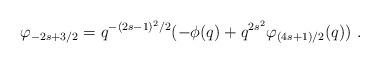
LaTeX: \begin{align*}\varphi _{-2s+3/2}=q^{-(2s-1)^2/2}(-\phi (q)+q^{2s^2}\varphi _{(4s+1)/2}(q))~.\end{align*}